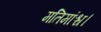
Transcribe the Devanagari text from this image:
मतिमांश्च।